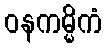
ဝနကမ္မိကံ